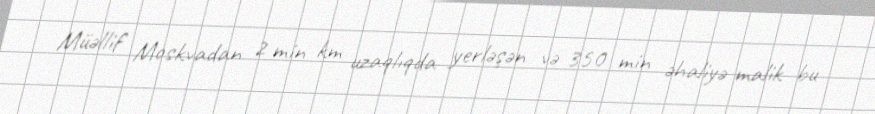
Müəllif Moskvadan 2 min km uzaqlıqda yerləşən və 350 min əhaliyə malik bu